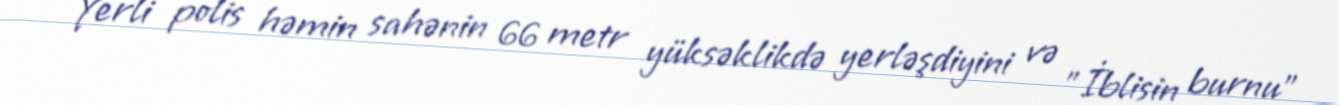
Yerli polis həmin sahənin 66 metr yüksəklikdə yerləşdiyini və "İblisin burnu"